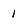
Character: 1